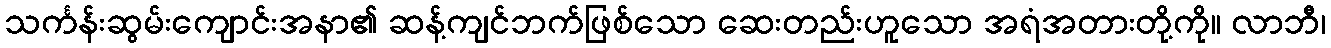
သင်္ကန်းဆွမ်းကျောင်းအနာ၏ ဆန့်ကျင်ဘက်ဖြစ်သော ဆေးတည်းဟူသော အရံအတားတို့ကို။ လာဘီ၊